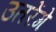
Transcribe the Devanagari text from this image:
उतरेंगे